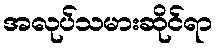
အလုပ်သမားဆိုင်ရာ